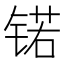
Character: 锘